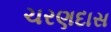
ચરણદાસ